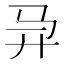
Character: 𱄼